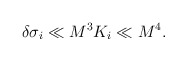
\begin{align*}\delta\sigma_i \ll M^3 K_i \ll M^4.\end{align*}